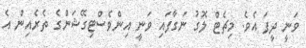
ވަނީ ދީފަ އެވެ. މިޗެޓް ލޮގު ނަގާފައި ވަނީ އިންވެސްޓިގޭޝަންގެ ތެރެއިން އެ